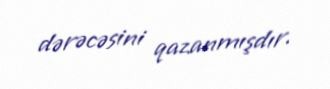
dərəcəsini qazanmışdır.